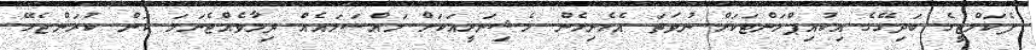
ފެކަލްޓީގެ ބަދިގޭގެ އިކުއިޕްމަންޓަކަށް ނުވަތަ އެހެނިހެން މެޝިނަރީއަކަށް މައްސަލައެއް ދިމާވެއްޖެނަމަ ކަން ކުރަންޖެހޭ